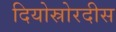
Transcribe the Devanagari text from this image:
दियोस्रोरदीस